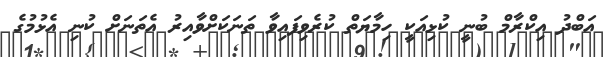
އަބްދު އިކްރާމް ބުނީ ކުޅިއަކީ ހިމާޔަތް ކުރެވިފައިވާ ތަނަކަށްވާއިރު އެތަނަށް ކުނި އެޅުމުގެ